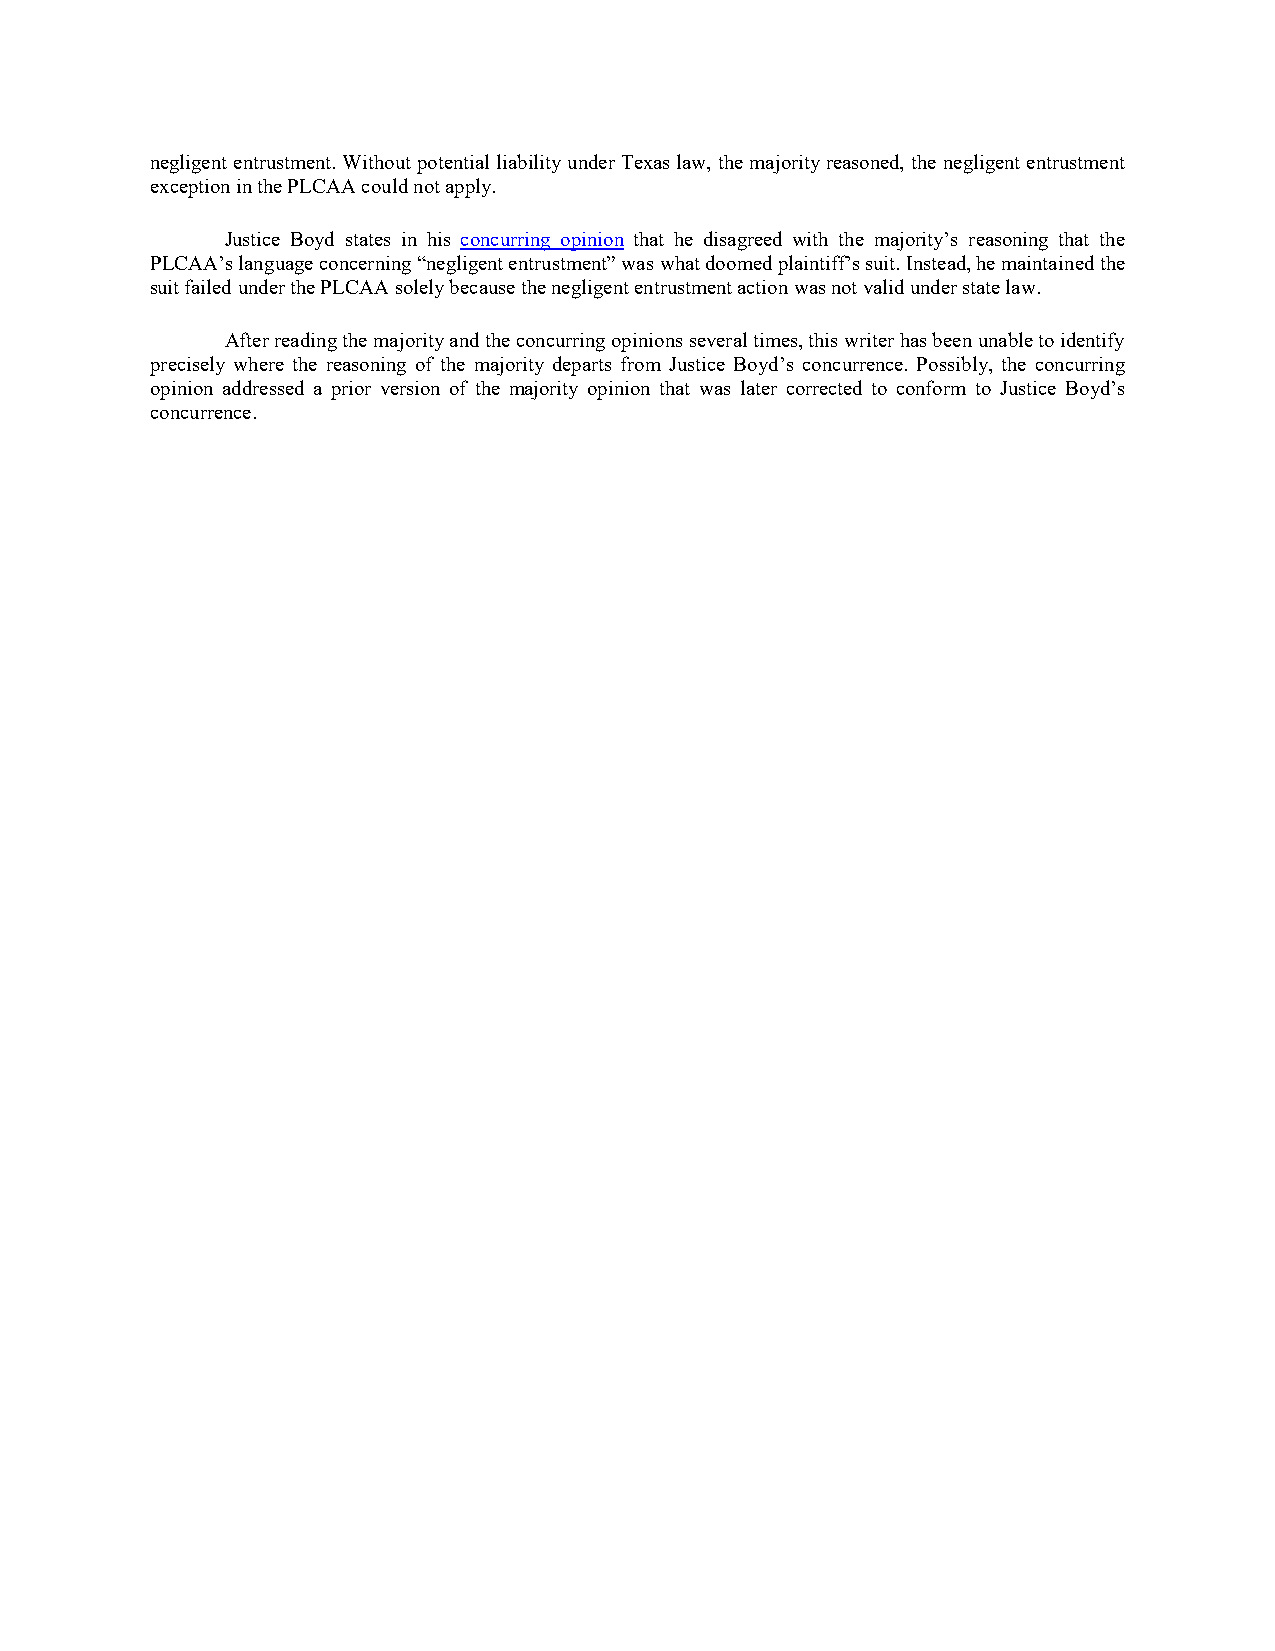
negligent entrustment. Without potential liability under Texas law, the majority reasoned, the negligent entrustment
 exception in the PLCAA could not apply.
 Justice Boyd states in his concurring opinion that he disagreed with the majority’s reasoning that the
 PLCAA’s language concerning “negligent entrustment” was what doomed plaintiff’s suit. Instead, he maintained the
 suit failed under the PLCAA solely because the negligent entrustment action was not valid under state law.
 After reading the majority and the concurring opinions several times, this writer has been unable to identify
 precisely where the reasoning of the majority departs from Justice Boyd’s concurrence. Possibly, the concurring
 opinion addressed a prior version of the majority opinion that was later corrected to conform to Justice Boyd’s
 concurrence.